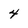
Character: 4